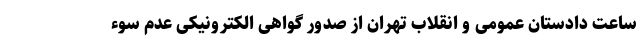
ساعت دادستان عمومی و انقلاب تهران از صدور گواهی الکترونیکی عدم سوء